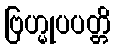
ဗြဟ္မုပပတ္တိ